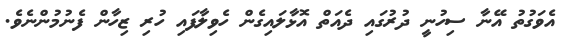
އެވަގުތު އޭނާ ސިހުނީ ދުރުގައި ދެއަތް އޮޅާލައިގެން ހެވިލާފައި ހުރި ޒިހާން ފެނުމުންނެވެ.